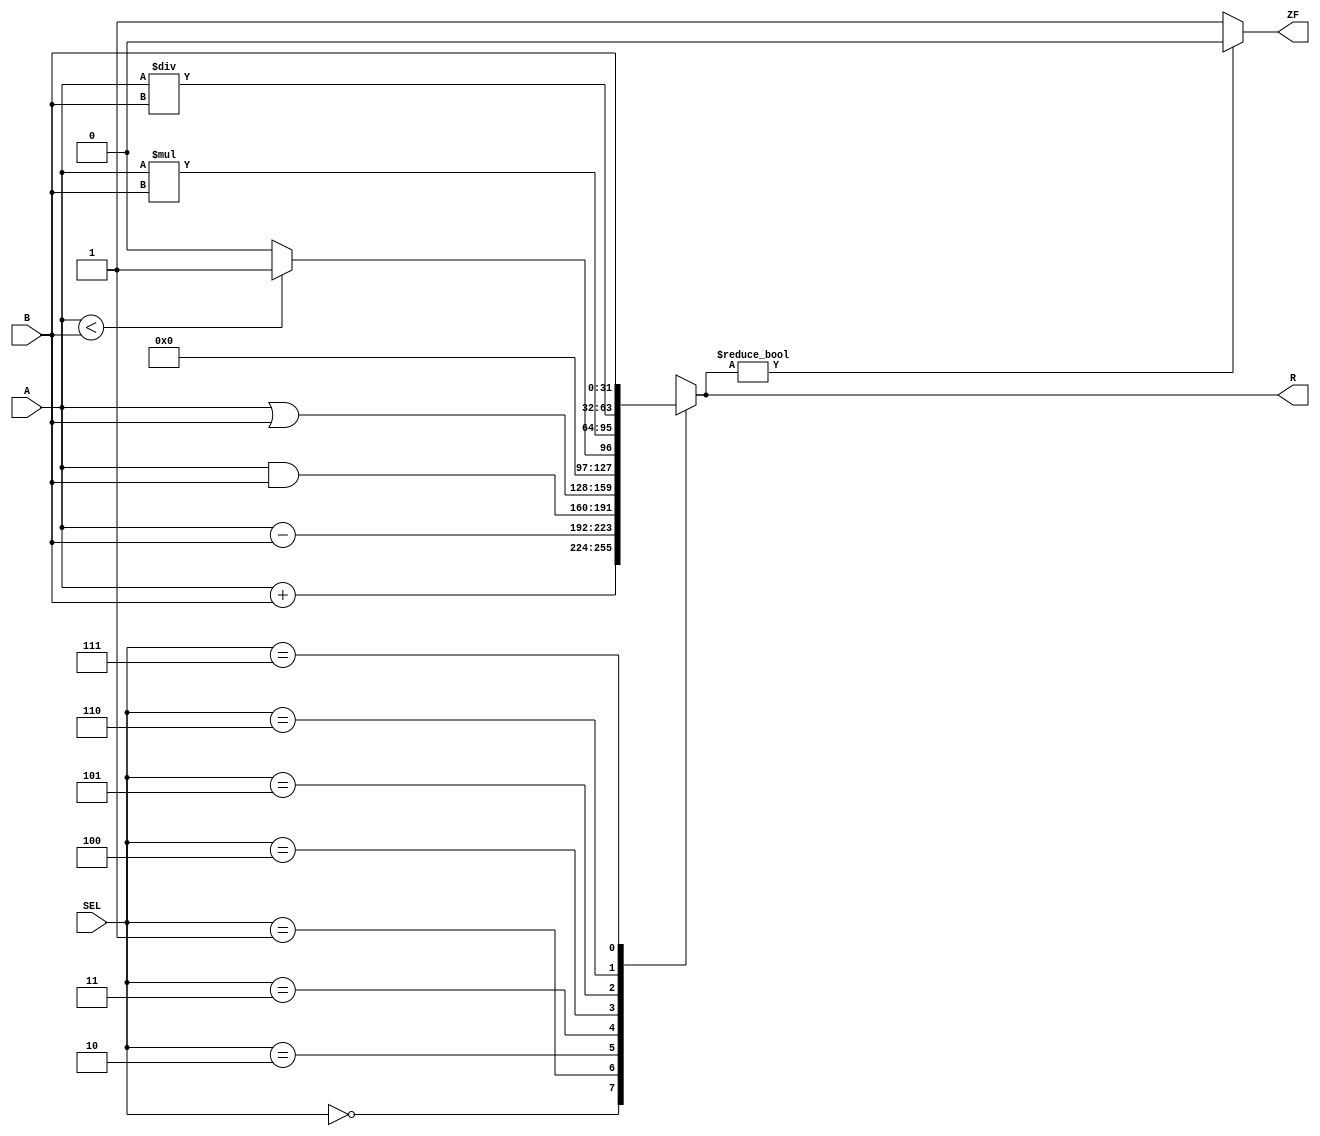
`timescale 1ns/1ns
module alu (
	input [31:0] A, B,
	input [2:0] SEL,
	output reg [31:0] R,
	output reg ZF
);
	always @(*) begin

		case (SEL)
			3'd0: R <= A + B;
			3'd1: R <= A - B;
			3'd2: R <= A & B;
			3'd3: R <= A | B;
			3'd4: R <= (A < B) ? 32'd1 : 32'd0;
			3'd5: R <= A * B;
			3'd6: R <= A / B;
			3'd7: R <= B << 0;
		endcase

		ZF <= (R) ? 0 : 1;
	end

endmodule // alu